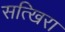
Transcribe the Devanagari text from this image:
सत्खिरा